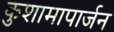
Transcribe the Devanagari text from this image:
कुशामापार्जन